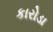
કારોડા